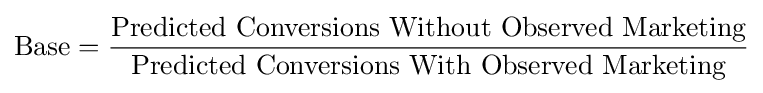
{\text{Base}}={\frac {\text{Predicted Conversions Without Observed Marketing}}{\text{Predicted Conversions With Observed Marketing}}}